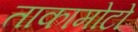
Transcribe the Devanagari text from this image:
ताकामोटो